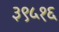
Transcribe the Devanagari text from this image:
३९५१६